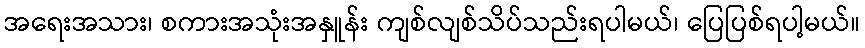
အရေးအသား၊ စကားအသုံးအနှူန်း ကျစ်လျစ်သိပ်သည်းရပါမယ်၊ ပြေပြစ်ရပါ့မယ်။